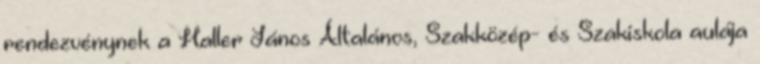
rendezvénynek a Haller János Általános, Szakközép- és Szakiskola aulája